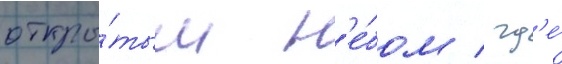
откры́тым н'е́бом / гд'е́